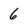
Character: 6